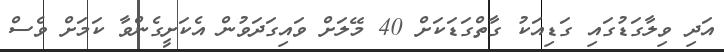
އަދި ވިލާގަޑުގައި ގަޑިއަކު ގާތްގަޑަކަށް 40 މޭލަށް ވައިގަދަވުން އެކަށީގެންވާ ކަމަށް ވެސް